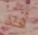
قد